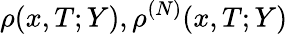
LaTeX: \rho(x,T;Y),\rho^{(N)}(x,T;Y)